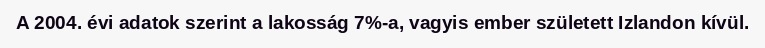
A 2004. évi adatok szerint a lakosság 7%-a, vagyis ember született Izlandon kívül.